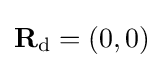
\mathbf {R} _{\mathrm {d} }=(0,0)